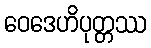
ဝေဒေဟိပုတ္တဿ